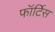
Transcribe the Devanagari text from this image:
फॉर्टिस